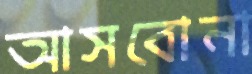
আসবোনা